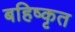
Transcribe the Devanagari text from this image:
बहिष्‍कृत